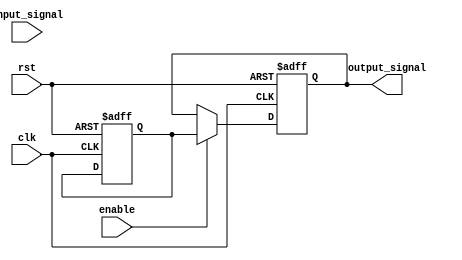
module Buffer_Delay (
  input wire clk, // Clock signal
  input wire rst, // Reset signal
  input wire enable, // Enable signal
  input wire [N-1:0] input_signal, // Input signal of width N
  output reg [N-1:0] output_signal // Output signal of width N
);

parameter N = 8; // Width of input and output signals
parameter DELAY_LENGTH = 10; // Configurable delay length

reg [N-1:0] delayed_signal;

always @(posedge clk or posedge rst) begin
  if (rst) begin
    delayed_signal <= 0;
    output_signal <= 0;
  end else if (enable) begin
    delayed_signal <= input_signal;
    #DELAY_LENGTH delayed_signal <= delayed_signal;
    output_signal <= delayed_signal;
  end
end

endmodule